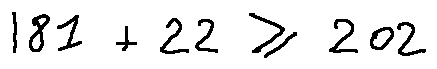
1 8 1 + 2 2 \geq 2 0 2